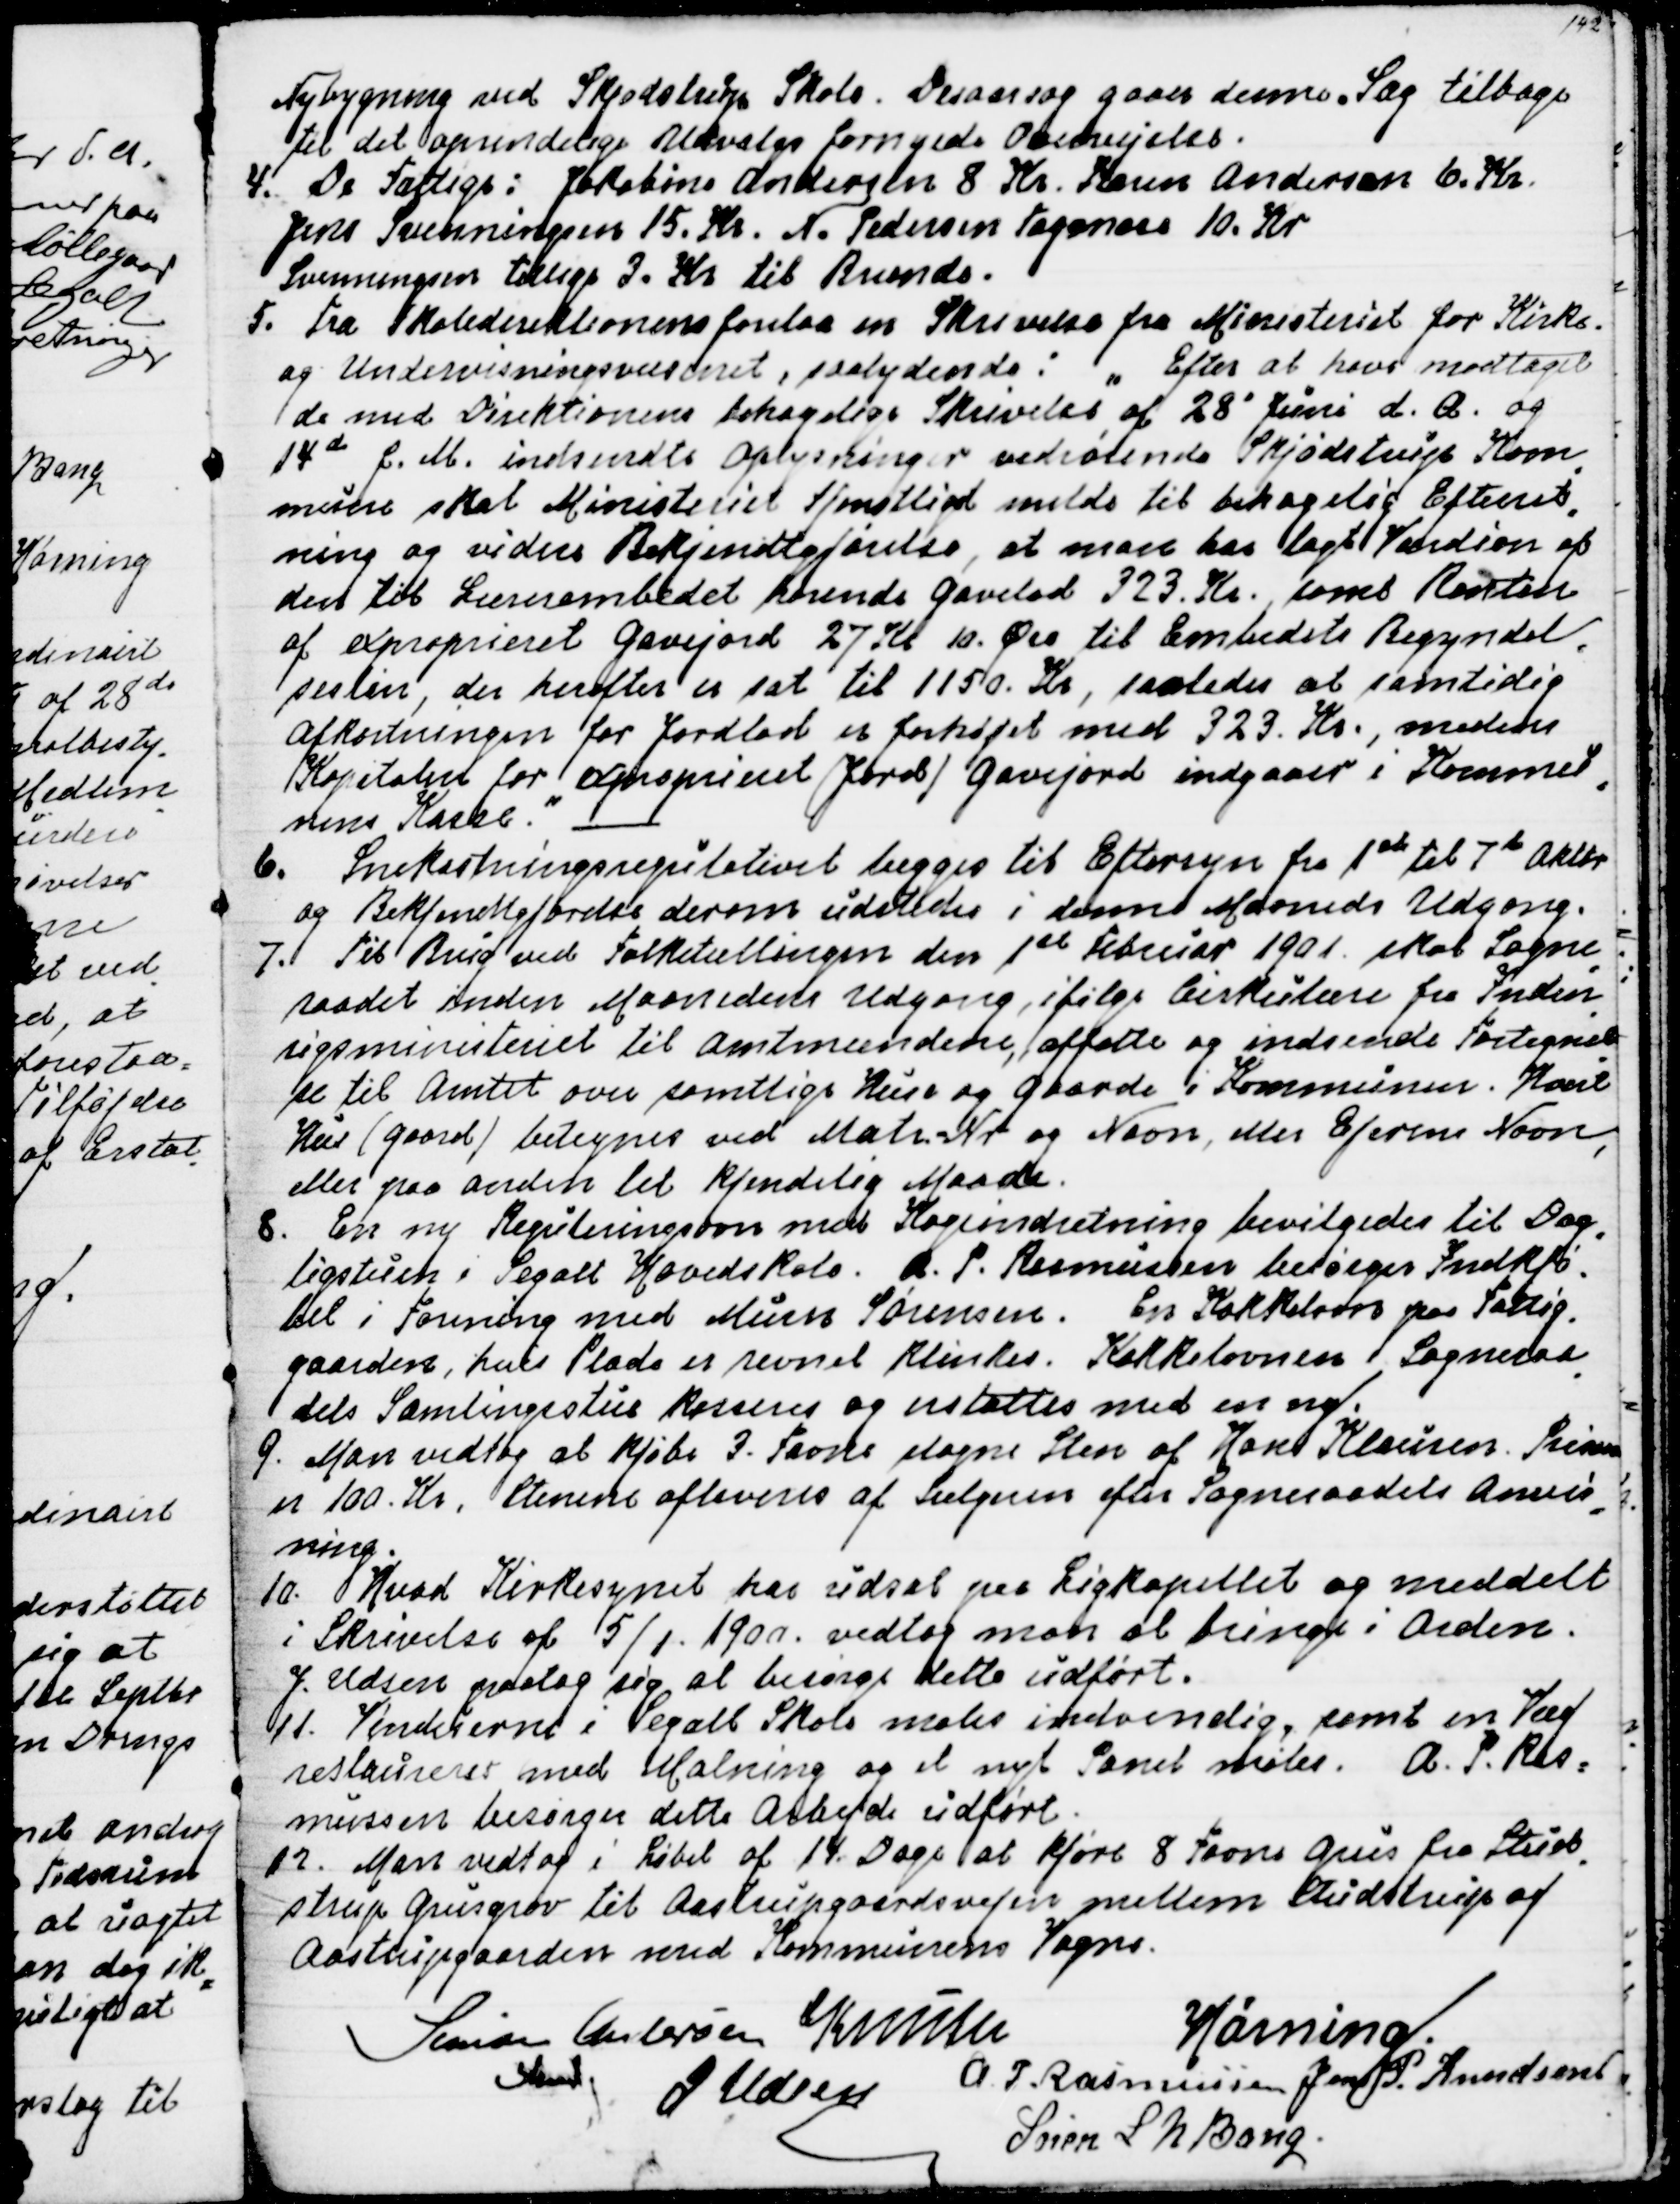
Transskription:
Nybygning ved Skjødstrup Skole. Desaarsag gaar denne. Sag tilbage
til det oprindelige Udvalgs fornyede Overvejelser.
4. De Fattige: Jakobine Andersen 8 Kr. Karen Andersen 6. Kr.
Jens Svenningsen 15. Kr. N. Pedersen Tagmose 10. Kr.
Svenningsen tillige 3. Kr til Brænde. 
5. Fra Skoledirektionen forelaa en Skrivelse fra Ministeriet for Kirke-
og Undervisningsministeriet, saalydende: " Efter at have modtaget
de med Direktionens behagelige Skrivelse af 28' Juni d. A. og
14de f. M.  indsendte Oplysninger vedrørende Skjødstrup Kom
=
mune skal Ministeriet tjenstligt melde til behagelig Efterret
=
ning og videre Bekjendtgjørelse, at man har lagt Værdien af
den til Lærerembedet hørende Gavelod 323. Kr., samt Resten
af exproprieret Gavejord 27 Kr. 10. Øre til Embedets Begyndel
=
sesløn, der herefter er sat til 1150. Kr., saaledes at samtidig
Afkortningen for Jordlod er forhøjet med 323. Kr., medens
Kapitalen for exproprieret (Jord) Gavejord indgaaer i Kommu
=
nens Kasse."
6. Snekastningsregulativet lægges til Eftersyn fra 1ste til 7de Oktbr
og Bekjendtgjørelse derom udstedes i denne Maaneds Udgang.
7. Til Brug ved Folketællingen den 1ste Februar 1901 skal Sogne
=
raadet inden Maanedens Udgang, ifølge Cirkulære fra Inden
=
rigsministeriet til Amtmændene, affatte og indsende Fortegnel
=
se til Amtet over samtlige Huse og Gaarde i Kommunen. Hvert
Hus (Gaard) betegnes ved Matr.-Nr og Navn, eller Ejerens Navn,
eller paa anden kjendelig Maade.
8. En ny Reguleringsovn med Kogeindretning bevilgedes til Dag
=
ligstuen i Segalt Hovedskole. A. P. Rasmussen besørger Indkjø=
bet i Forening med Murer Sørensen. En Kakkelovn paa Fattig=
gaarden, hvis Plade er revnet klinkes. Kakkelovnen i Sogneraa
=
dets Samlingsstue kasseres og erstattes med en ny.
9. Man vedtog at kjøbe 3. Favne slagne Sten af Hans Klausen. Prisen
er 100 Kr. Stenene afleveres af Sælgeren efter Sogneraadets Anvis
=
ning.
10. Hvad Kirkesynet har udsat paa Ligkapellet og meddelt
i Skrivelse af 5/1. 1900. vedtog man at bringe i Orden.
J. Udsen paatog sig at besørge dette Arbejde udført.
11. Vinduerne i Segalt Skole males indvendig, samt en Væg
restaureres med Malning og et nyt Panel males.  A. P. Ras=
mussen besørger dette Arbejde udført.
12. Man vedtog i Løbet af 14. Dage at kjøre 8 Favne Grus fra Stud
=
strup Grusgrav til Aastrupgaardsvejen mellem Studstrup og
Aastrupgaarden med Kommunens Vogne.
Simon Andersen
Fmd.
Knuth
Hørning.
J Udsen
A P Rasmussen
Jens P. Knudsen
Søren L N Bang